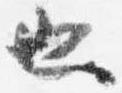
也